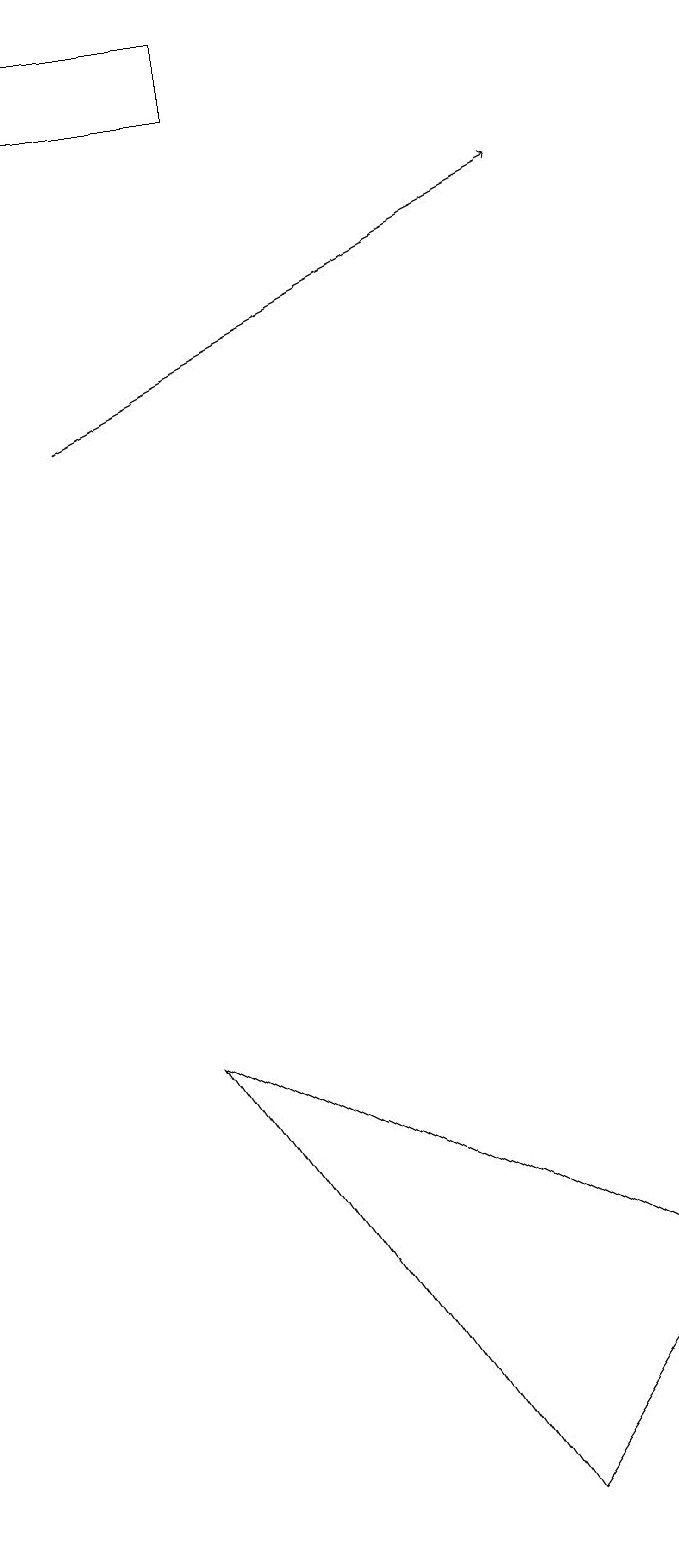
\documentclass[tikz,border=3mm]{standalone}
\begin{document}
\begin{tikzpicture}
\draw (4,18) rectangle (1,19);
\draw (3,6) -- (7,0) -- (9,3) -- cycle;
\draw[->] (2,14) -- (8,17);
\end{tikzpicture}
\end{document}